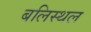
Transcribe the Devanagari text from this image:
बलिस्थल